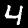
Digit: 4